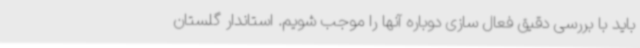
باید با بررسی دقیق فعال سازی دوباره آنها را موجب شویم. استاندار گلستان